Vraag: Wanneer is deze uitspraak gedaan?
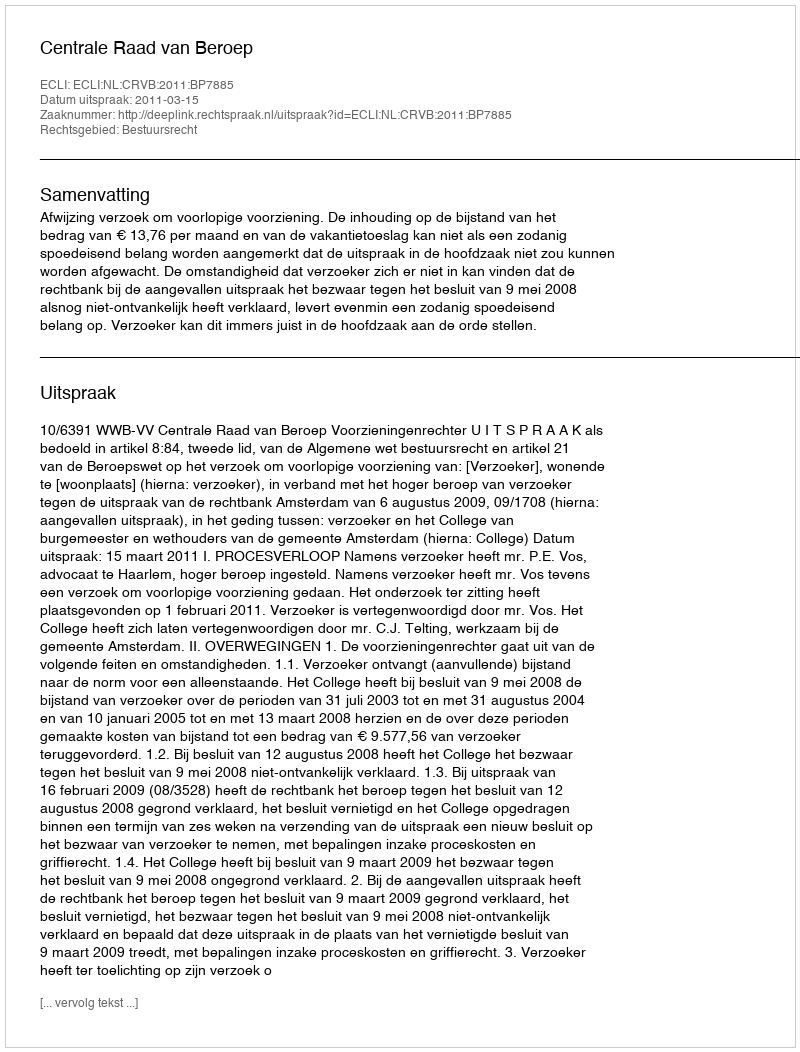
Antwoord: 2011-03-15